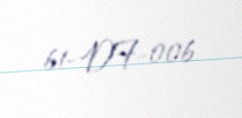
61-DF-006